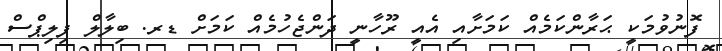
ފޮނުވުމަކީ ޙަރާންކަމެއް ކަމަށާއި އެއީ ރޫހާނީ ދަންޖެހުމެއް ކަމަށް ޑރ. ބިލާލް ފިލިޕްސްް